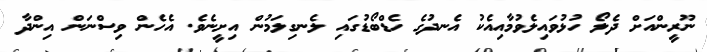
ނޫރީންއަށް ދެލޯ ހުޅުވައިލެވުމާއިއެކު އެނދުގެ ހެޑްބޯޑުގައި ލެނގިލަމުން އިށީނެވެ. އެހެން ވިސްނަން އިންދާ